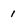
Character: 1